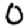
Digit: 0